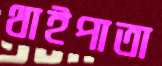
থাইপাতা